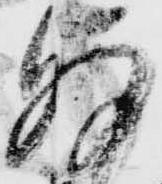
何